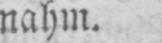
nahm.